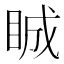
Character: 𥆏